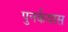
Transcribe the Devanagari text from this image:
पुनर्कवास